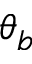
\theta _ { b }